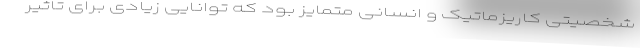
شخصیتی کاریزماتیک و انسانی متمایز بود که توانایی زیادی برای تاثیر